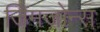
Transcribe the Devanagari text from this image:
जिमजोन्स